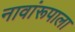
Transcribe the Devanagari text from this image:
नावांरूपाला